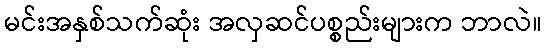
မင်းအနှစ်သက်ဆုံး အလှဆင်ပစ္စည်းများက ဘာလဲ။